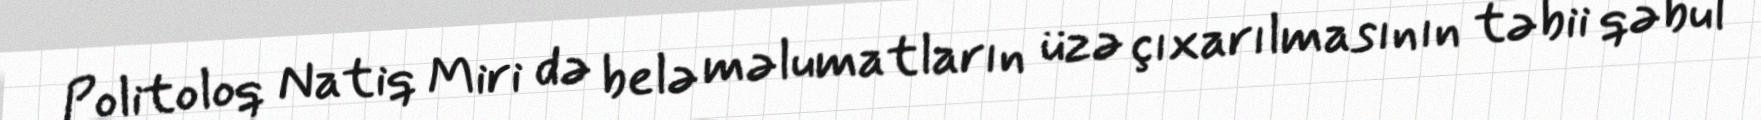
Politoloq Natiq Miri də belə məlumatların üzə çıxarılmasının təbii qəbul